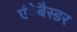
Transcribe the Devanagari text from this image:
एंेबैस्डर